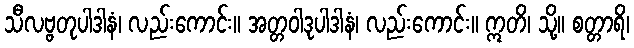
သီလဗ္ဗတုပါဒါနံ၊ လည်းကောင်း။ အတ္တဝါဒုပါဒါနံ၊ လည်းကောင်း။ ဣတိ၊ သို့။ စတ္တာရိ၊